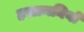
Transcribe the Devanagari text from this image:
हख़ामनियों